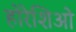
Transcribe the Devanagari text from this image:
होरेशिओ